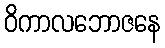
ဝိကာလဘောဇနေ